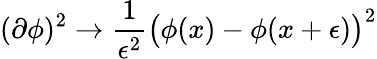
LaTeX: (\partial\phi)^{2}\to{\frac{1}{\epsilon^{2}}}\big(\phi(x)-\phi(x+\epsilon)\big)^{2}